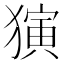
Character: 𬍅